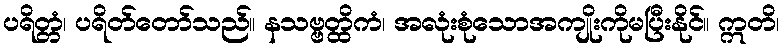
ပရိတ္တံ၊ ပရိတ်တော်သည်။ နသဗ္ဗတ္ထိကံ၊ အလုံးစုံသောအကျိုးကိုမပြီးနိုင်။ ဣတိ၊